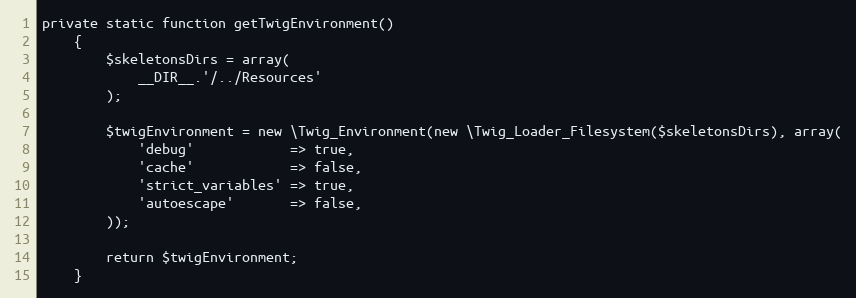
Language: PHP
private static function getTwigEnvironment()
    {
        $skeletonsDirs = array(
            __DIR__.'/../Resources'
        );

        $twigEnvironment = new \Twig_Environment(new \Twig_Loader_Filesystem($skeletonsDirs), array(
            'debug'            => true,
            'cache'            => false,
            'strict_variables' => true,
            'autoescape'       => false,
        ));

        return $twigEnvironment;
    }